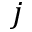
j